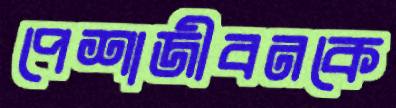
পেশাজীবনকে